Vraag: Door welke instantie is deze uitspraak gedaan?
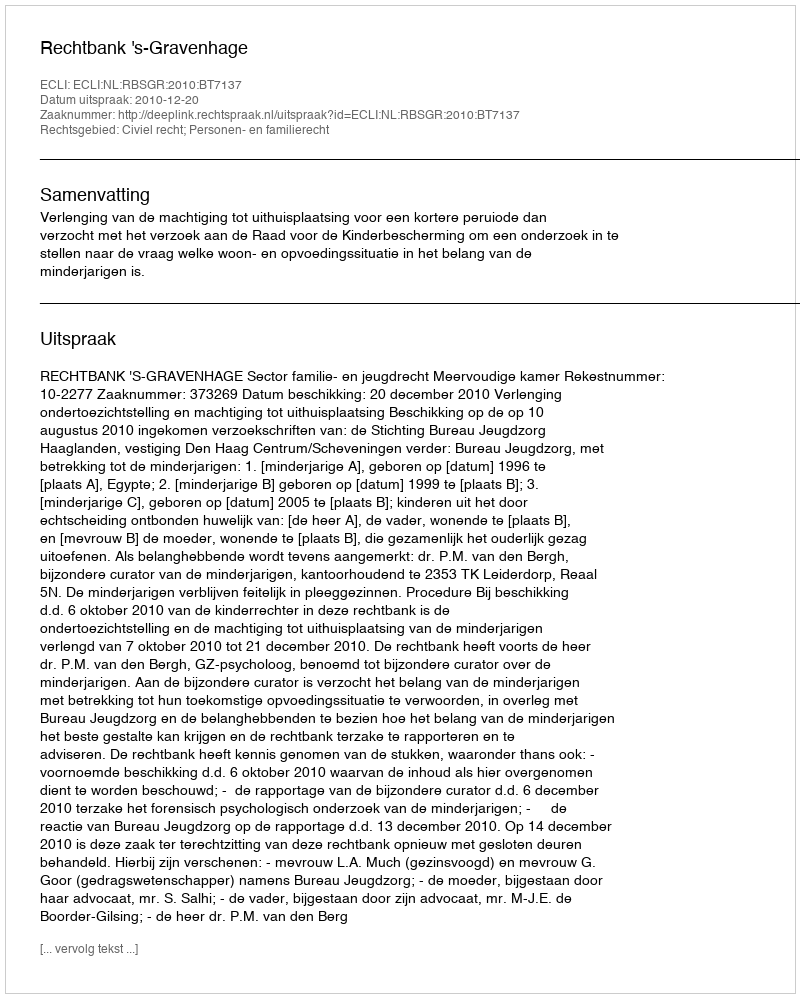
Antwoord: Rechtbank 's-Gravenhage